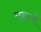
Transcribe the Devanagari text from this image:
लसाजी